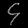
Digit: ၄